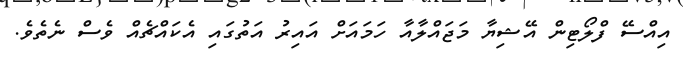
އިއްސޭ ފްލޯޓިން އޭޝިޔާ މަޖައްލާއާ ހަމައަށް އައިރު އަތުގައި އެކައްޗެއް ވެސް ނެތެވެ.